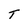
Character: T